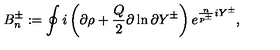
B _ { n } ^ { \pm } : = \oint i \left( \partial \rho + \frac { Q } { 2 } \partial \ln \partial Y ^ { \pm } \right) e ^ { \frac { n } { p ^ { \pm } } i Y ^ { \pm } } ,